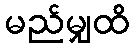
မည်မျှထိ